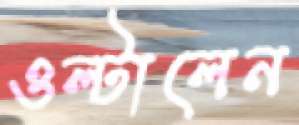
ওল্টালেন